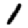
Digit: 1